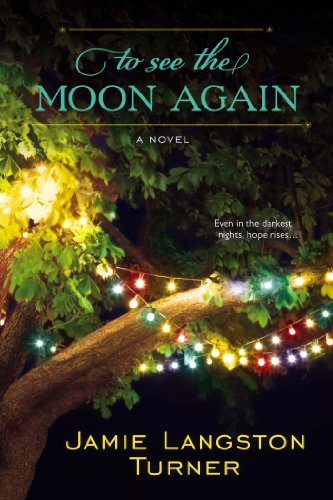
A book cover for To See the Moon Again; Jamie Langston Turner; Literature & Fiction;